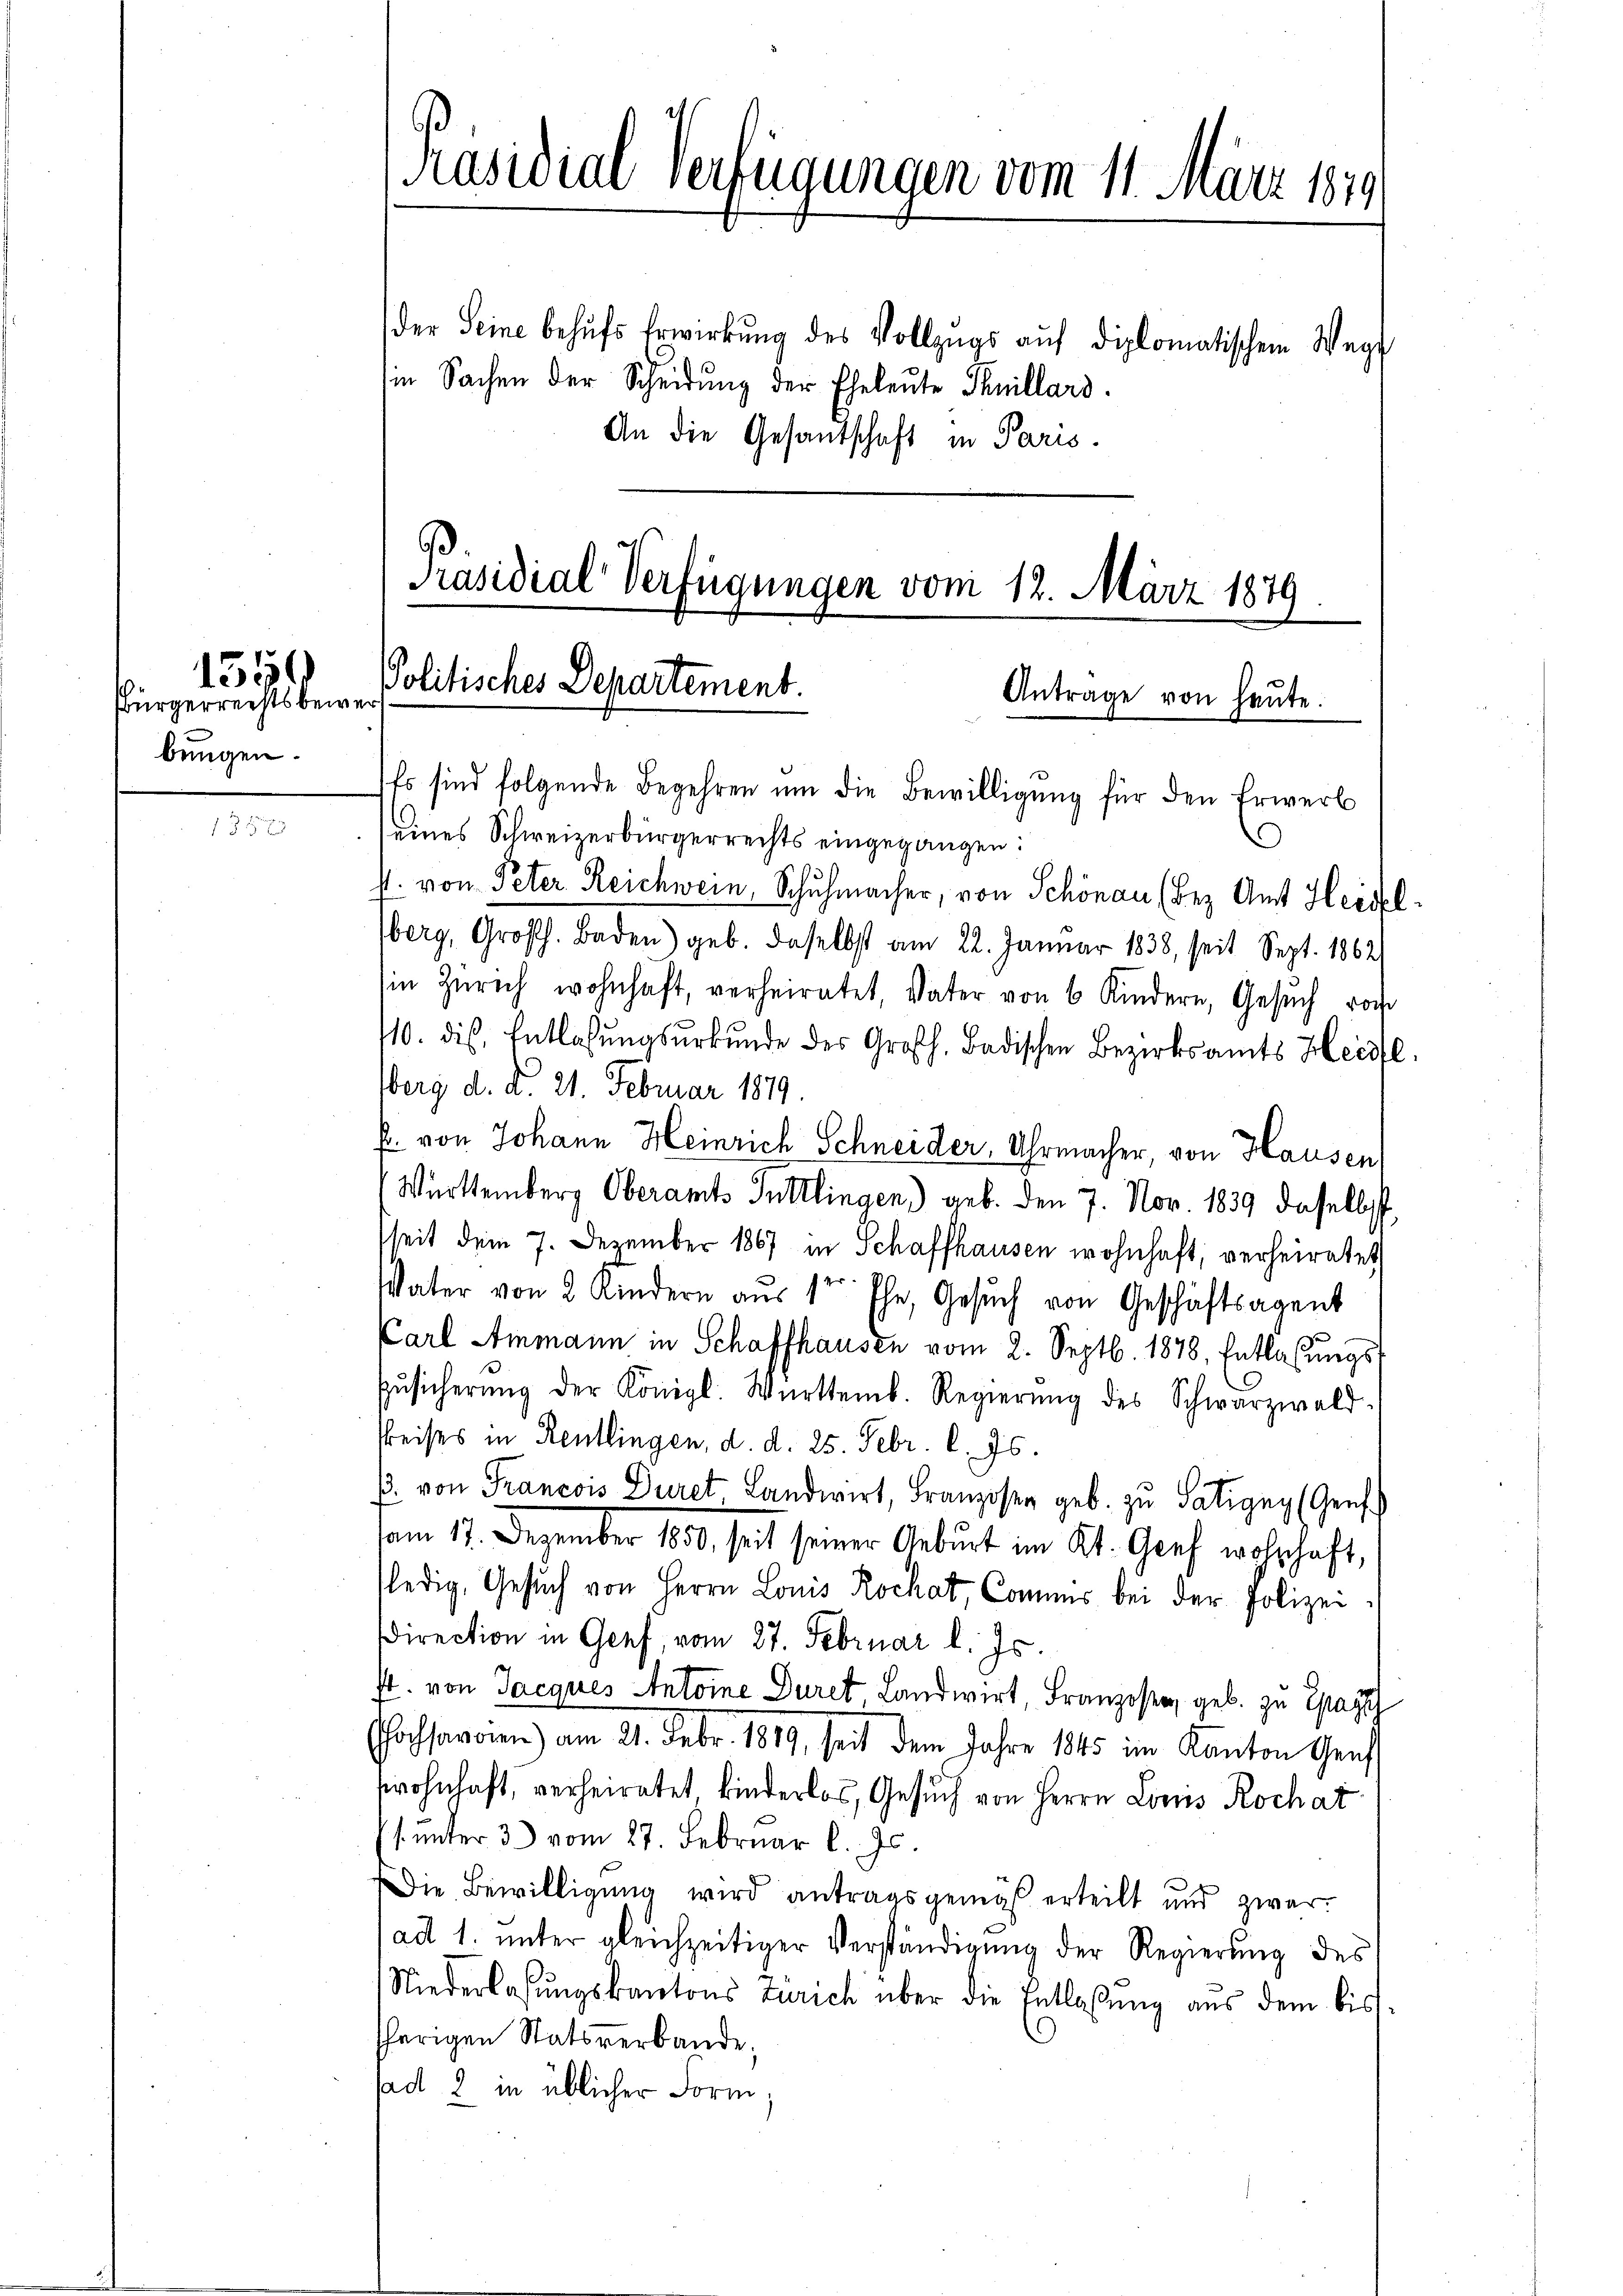
Bürgerrechtsbewer
bungen.

1350

1357

Präsidial-Verfügungen vom 11. März 1879.
der Seine behŭfs Erwirkŭng des Vollzugs aŭf diplomatischem Wege
in Sachen der Scheidung der Eheleute Theillard.
An die Gesantschaft in Paris.

Präsidial-Verfügungen vom 12. März 1879
PPolitisches Departement.
Antrage von heute.

Es sind folgende Begehren ŭm die Bewilligŭng für den Erwerb
eines Schweizerbürgerrechts eingegangen:
s. von Peter Reichwein, Schuhmacher, von Schönau (Bez. Amt Heidl¬
Überg, Großh. Baden) geb. daselbst am 22. Januar 1838, seit Sept. 1862
in Zürich wohnhaft, verheiratet, Vater von 6 Kindern, Gesŭch von
110. dis, Entlaßungsurkunde des Großh. Badischen Bezirksamts Heisfl.
berg d. d. 21. Februar 1879.
f. von Johann Heinrich Schneider, Uhrmacher, von Hausen,
Württemberg Oberamts Tuttlingen) geb. den 7. Nov. 1839 daselbst
seit dem 7. Dezember 1867 in Schaffhausen wohnhaft, verheiratet
Vater von 2 Kindern aŭs 1te Ehe, Gesŭch von Geschäftsagent
Carl Ammann in Schaffhausen vom 2. Septb. 1878, Entlassŭngs-
Zŭsicherŭng der Königl. Württemb. Regierŭng des Schwarzwald-
Preises in Reutlingen, d. d. 25. Febr. l. Js.
p. von Francois Duret, Landwirt, Franzosen geb. zu Satigny (Genf
am 17. Dezember 1850, seit seiner Geburt im Kt. Graf wolschaft,
ledig, Gesuch von Herrn Louis Rochat, Commis bei der Polizei¬
Direction in Genf, vom 27. Februar l. Js.
st. von Jacques Antoine Duret Landwirt Franzoser, geb. zu Epag
ochsaroien) am 21. Febr. 1849, seit dem Jahre 1845 im Kanton Graf
wohnhaft, verheiratet kinderlos, Gesuch von Herrn Lois Rochat
s. unter 3) vom 27. Februar l. Js.
Die Bewilligung wird antragsgemäß erteilt und zwar
ad 1. unter gleichzeitiger Verständigung der Regierung des
Niederlaßungskantons Zürich über die Entlaßung aus dem bis
herigen Statsverbande,
ad 2 in üblicher Form